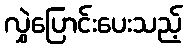
လွှဲပြောင်းပေးသည့်